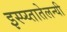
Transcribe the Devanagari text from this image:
इस्प्य्तातेलन्यी